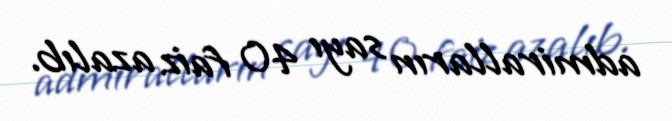
admiralların sayı 40 faiz azalıb.